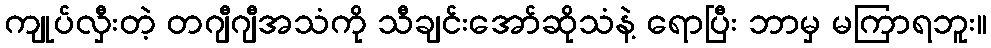
ကျုပ်လှီးတဲ့ တဂျီဂျီအသံကို သီချင်းအော်ဆိုသံနဲ့ ရောပြီး ဘာမှ မကြာရဘူး။